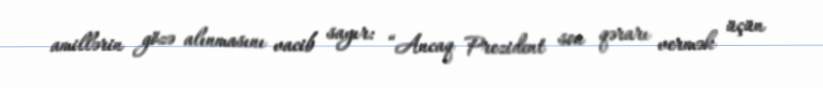
amillərin gözə alınmasını vacib sayır: “Ancaq Prezident son qərarı vermək üçün